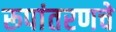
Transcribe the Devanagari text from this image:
रूपांतरणचे